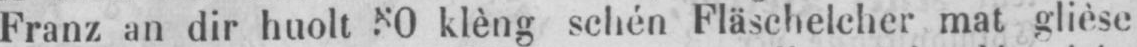
Franz an dir huolt 80 klèng schén Fläschelcher mat glièse